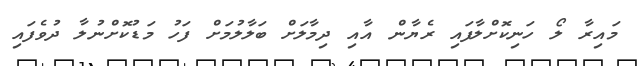
މައިރާ ލޯ ހަނިކޮށްލާފައި ރެޔާން އާއި ދިމާލަށް ބަލާލުމަށް ފަހު މަޑުކޮށްނުލާ ދުވެފައި